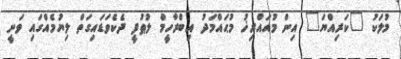
މުލަކު "ކަރިއްޔަ" އިން މުއައްރިޚު މުޙައްމަދު އިބްރާހީމް ލުޠުފީ ދެކެވަޑައިގަތް ލިޔުމެއްގައި ވަނީ